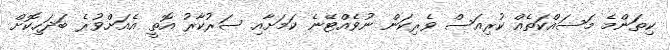
ކިތަންމެ މަސައްކަތެއް ކުރިއަސް ވެރިކަން ނުވެއްޓޭނެ ކަމަށާއި ސަރުކާރު އޮތީ އެއަށްވުރެ ބަދަހިކޮށް